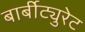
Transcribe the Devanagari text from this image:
बार्बीट्युरेट